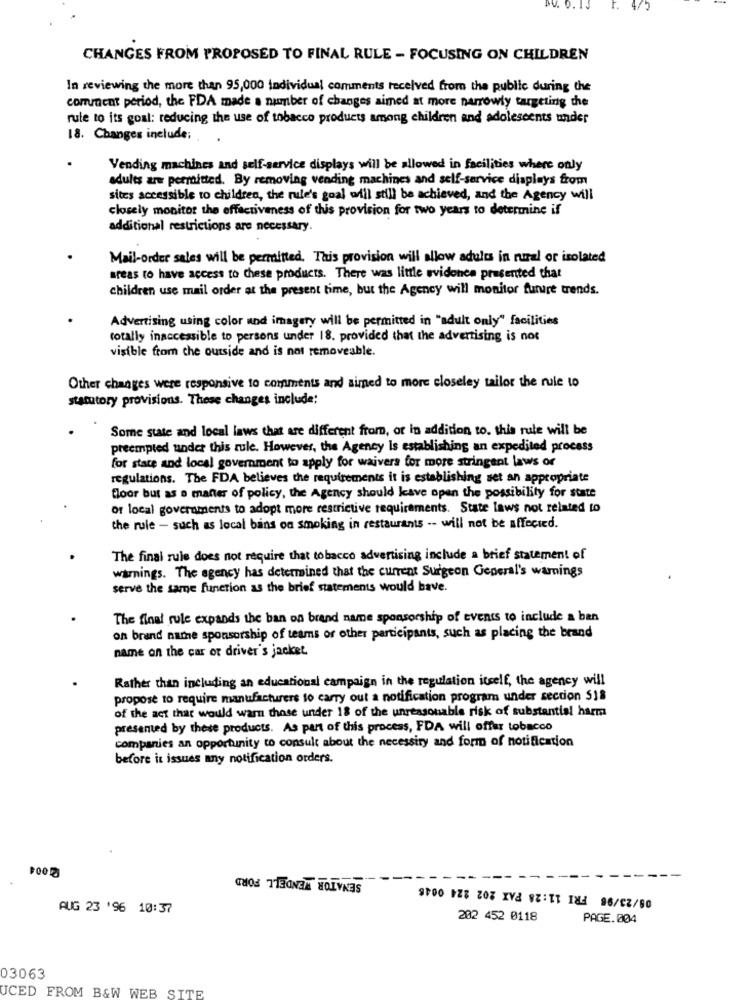
BV. 0. 13
r.
4/5
CHANGES FROM PROPOSED TO FINAL RULE - FOCUSING ON CHILDREN
In reviewing the more than 95,000 individual comments received from the public during the
comment period, the FDA made a number of changes aimed at more narrowly targeting the
rule to its goal: reducing the use of tobacco products among children and adolescents under
18. Changes include;
Vending machines and self-service displays will be allowed in facilities where only
adults are permitted. By removing vending machines and self-service displays from
sites accessible to children, the rule's goal will still be achieved, and the Agency will
closely monitor the effectiveness of this provision for two years to determine if
additional restrictions are necessary.
Mail-order sales will be permitted. This provision will allow adults in rural or isolated
areas ro have access to these products. There was little evidence presented that
children use mail order at the present time, but the Agency will monitor future trends.
Advertising using color and imagery will be permitted in "adult only" facilities
totally inaccessible to persons under 18. provided that the advertising is not
visible from che outside and is not removeable.
Other changes were responsive to comments and simed to more closeley tailor the rule to
statutory provisions. These changes include:
Some state and local laws that are different from, or in addition to. this rule will be
preempted under this rule. However, the Agency Is establishing an expedited process
for state and local government to apply for waivers for more stringent laws or
regulations. The FDA believes the requirements it is establishing set an appropriate
floor but as a manter of policy, the Agency should leave open the possibility for state
of local governments to adopt more restrictive requirements. State laws not related to
the rule - such as local bans oa smoking in restaurants -- will not be affected.
The final rule does not require that tobacco advertising include a brief statement of
warnings. The agency has determined that the current Surgeon General's warnings
serve the same function as the brief statements would bave.
The final rule expands the ban on brand name sponsorship of events to include a ban
on brand name sponsorship of teams or other participants, such as placing the brand
name on the car or driver's jacket.
Rather than including an educational campaign in the regulation itself, the agency will
propose to require manufacturers to carry out a notification program under section S18
of the act that would warm those under 18 of the unreasonable risk of substantial harm
presented by these products. As part of this process, FDA will offer tobacco
companies an opportunity to consult about the necessity and form of notification
before it issues any notification orders.
SENATOR WENDELL FORD
08/23/96 FRI 11:28 PAX 202 224 0046
AUG 23 '96 10:37
202 452 0118
PAGE.004
03063
UCED FROM B&W WEB SITE